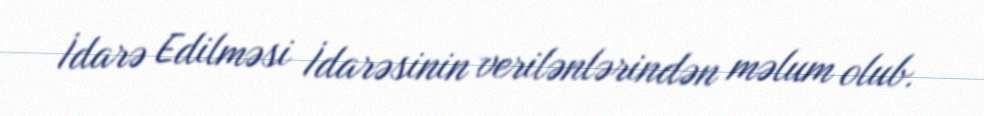
İdarə Edilməsi İdarəsinin verilənlərindən məlum olub.